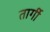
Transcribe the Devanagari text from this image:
तार्गी